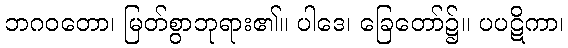
ဘဂဝတော၊ မြတ်စွာဘုရား၏။ ပါဒေ၊ ခြေတော်၌။ ပပဋိကာ၊